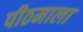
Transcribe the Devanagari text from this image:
पीठमाला